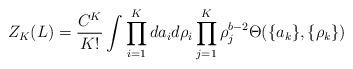
LaTeX: \begin{align*}Z_K(L) = \frac{C^K}{K!}\int \prod_{i=1}^K da_i d\rho_i\prod_{j=1}^K \rho_j^{b-2} \Theta(\{a_k\},\{\rho_k\})\end{align*}